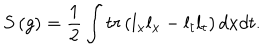
S \left( g \right) = \frac 1 2 \int t r \left( l _ { x } l _ { x } - l _ { t } l _ { t } \right) d x d t .